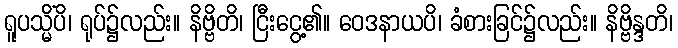
ရူပသ္မိံပိ၊ ရုပ်၌လည်း။ နိဗ္ဗိတိ၊ ငြီးငွေ့၏။ ဝေဒနာယပိ၊ ခံစားခြင်၌လည်း။ နိဗ္ဗိန္ဒတိ၊